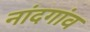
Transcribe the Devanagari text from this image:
नांदगांव